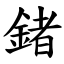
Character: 鍺